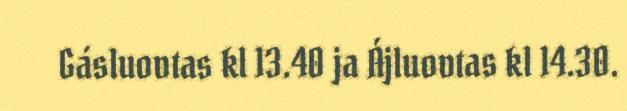
Gásluovtas kl 13.40 ja Ájluovtas kl 14.30.